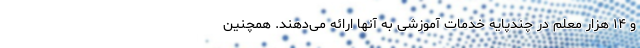
و ۱۴ هزار معلم در چندپایه خدمات آموزشی به آنها ارائه می‌دهند. همچنین